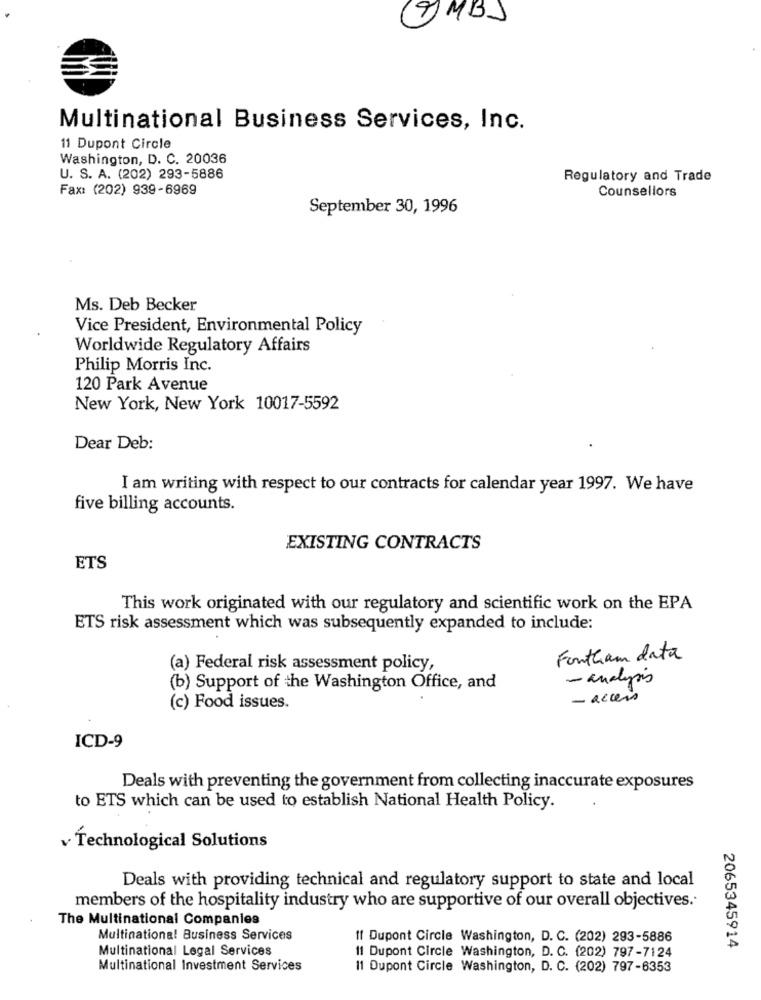
GMBJ
Multinational Business Services, Inc.
11 Dupont Circle
Washington, D. C. 20036
U. S. A. (202) 293-5886
Regulatory and Trade
Fax: (202) 939-6969
Counsellors
September 30, 1996
Ms. Deb Becker
Vice President, Environmental Policy
Worldwide Regulatory Affairs
Philip Morris Inc.
120 Park Avenue
New York, New York 10017-5592
Dear Deb:
I am writing with respect to our contracts for calendar year 1997. We have
five billing accounts.
EXISTING CONTRACTS
ETS
This work originated with our regulatory and scientific work on the EPA
ETS risk assessment which was subsequently expanded to include:
Fontham data
(a) Federal risk assessment policy,
- analysis
(b) Support of the Washington Office, and
- access
(c) Food issues.
ICD-9
Deals with preventing the government from collecting inaccurate exposures
to ETS which can be used to establish National Health Policy.
v Technological Solutions
Deals with providing technical and regulatory support to state and local
members of the hospitality industry who are supportive of our overall objectives.
The Multinational Companies
Multinational Business Services
If Dupont Circle Washington, D. C. (202) 293-5886
Multinational Legal Services
2065345914
11 Dupont Circle Washington, D. C. (202) 797-7124
Multinational Investment Services
11 Dupont Circle Washington, D. C. (202) 797-6353